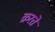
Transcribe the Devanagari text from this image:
क्ररते